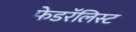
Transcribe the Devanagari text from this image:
फेडरॅलिस्ट